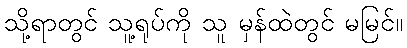
သို့ရာတွင် သူ့ရုပ်ကို သူ မှန်ထဲတွင် မမြင်။